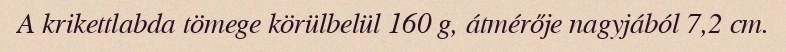
A krikettlabda tömege körülbelül 160 g, átmérője nagyjából 7,2 cm.